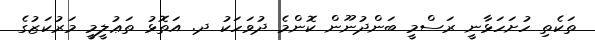
ތަކެތި ހުށަހަޅާނީ ރަސްމީ ބަންދުނޫން ކޮންމެ ދުވަހަކު ދ. އަތޮޅު ތަޢުލީމީ މަރުކަޒުގެ